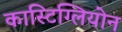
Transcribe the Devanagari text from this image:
कास्टिग्लियोन